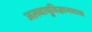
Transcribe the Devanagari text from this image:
जलवायुविज्ञानशास्र